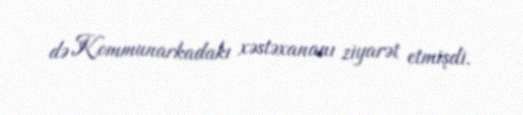
də Kommunarkadakı xəstəxananı ziyarət etmişdi.